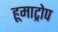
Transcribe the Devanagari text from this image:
हूमाट्रोप